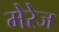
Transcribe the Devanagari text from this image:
मेरेज